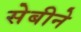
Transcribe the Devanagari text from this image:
सेबीने